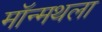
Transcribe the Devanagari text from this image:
मॉन्मथला